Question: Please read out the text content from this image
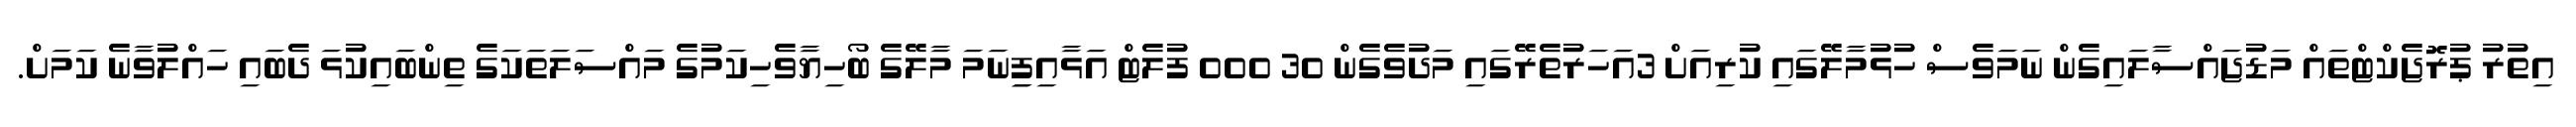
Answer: އިތުރު ޕުރޮޖެކްޓްތައް މަޑުޖައްސާލައިގެން ނަމަވެސް ހުޅުމާލޭގައި ކުރިއަށް 3އަހަރުތެރޭގައި މަދުވެގެން 30 000 ފުލެޓް އަޅާއިފިިނަމަ މާލޭގެ ބޯހިޔާވެހިކަމުގެ މައްސަލަތަކަގެ ތިންބައިކުޅަ ދެބައި ހައްލުވާނެ ކަމަށް.